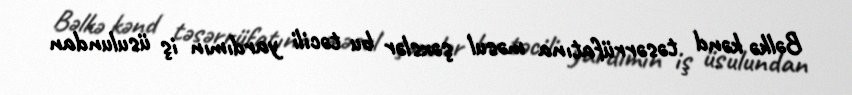
Bəlkə kənd təsərrüfatına məsul şəxslər bu təcili yardımın iş üsulundan